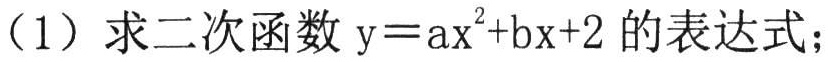
（1）求二次函数 \(y = ax^{2}+bx + 2\) 的表达式；